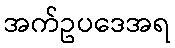
အက်ဥပဒေအရ